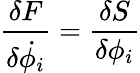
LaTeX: {\frac{\delta F}{\delta\dot{\phi_{i}}}}={\frac{\delta S}{\delta\phi_{i}}}